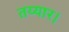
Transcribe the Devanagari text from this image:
तय्यार।